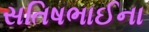
સતિષભાઈના